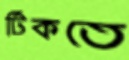
টিকতে